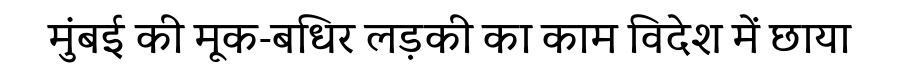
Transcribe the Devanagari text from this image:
मुंबई की मूक-बधिर लड़की का काम विदेश में छाया